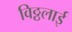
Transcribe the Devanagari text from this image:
विठ्ठलाई